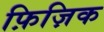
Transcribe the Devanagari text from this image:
फ़िज़िक